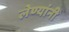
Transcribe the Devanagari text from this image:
लेण्यांनी